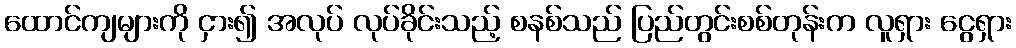
ထောင်ကျများကို ငှား၍ အလုပ် လုပ်ခိုင်းသည့် စနစ်သည် ပြည်တွင်းစစ်တုန်းက လူရှား ငွေရှား